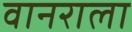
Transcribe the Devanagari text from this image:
वानराला